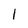
Character: l